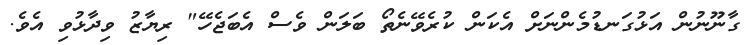
ގާނޫނުން އަޅުގަނޑުމެންނަށް އެކަން ކުރެވޭނެތޯ ބަލަން ވެސް އެބަޖެހޭ" ރިޔާޒު ވިދާޅުވި އެވެ.